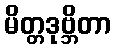
မိတ္တဒုဗ္ဘိတာ